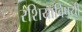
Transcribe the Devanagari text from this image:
रशियाविषयी